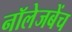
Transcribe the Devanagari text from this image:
नॉलेजबेंच